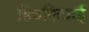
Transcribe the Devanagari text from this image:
हिचकिचाईं